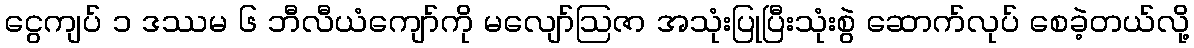
ငွေကျပ် ၁ ဒဿမ ၆ ဘီလီယံကျော်ကို မလျော်ဩဇာ အသုံးပြုပြီးသုံးစွဲ ဆောက်လုပ် စေခဲ့တယ်လို့